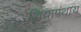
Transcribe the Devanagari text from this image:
शियापंथाय